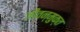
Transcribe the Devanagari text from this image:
जीवन्‍मुक्‍त